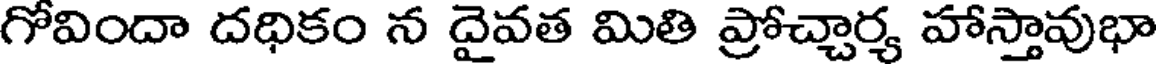
గోవిందా దధికం న దైవత మితి ప్రోచ్చార్య హాస్తావుభా